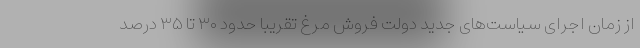
از زمان اجرای سیاست‌های جدید دولت فروش مرغ تقریبا حدود ۳۰ تا ۳۵ درصد